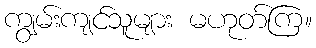
ကျွမ်းကျင်သူများ မဟုတ်ကြ။